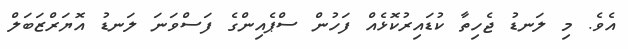
އެވެ. މި ލަނޑު ޖެހިތާ ކުޑައިރުކޮޅެއް ފަހުން ސްޕެއިންގެ ފަސްވަނަ ލަނޑު އޮޔަރްޒަބަލް